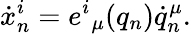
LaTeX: \dot{x}_{n}^{i}=e^{i}{}_{\mu}(q_{n})\dot{q}_{n}^{\mu}.